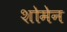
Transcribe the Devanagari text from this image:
शोमेन